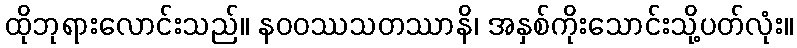
ထိုဘုရားလောင်းသည်။ နဝဝဿသတဿာနိ၊ အနှစ်ကိုးသောင်းသို့ပတ်လုံး။